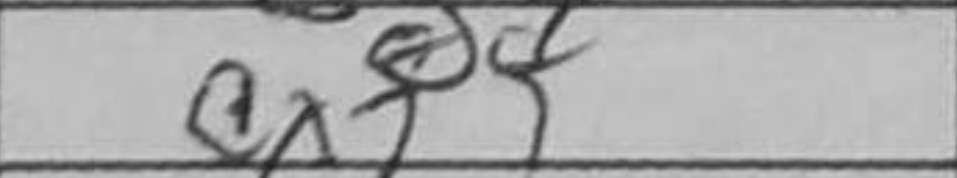
Transcription: cxf4